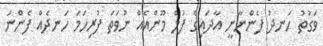
ވަގުތު ހަނދު ފެންނާނީ އާދައިގެ ފުލް މޫންއެއް ނުވަތަ ފުރިހަމަ ހަނދެއް ފެންނަ